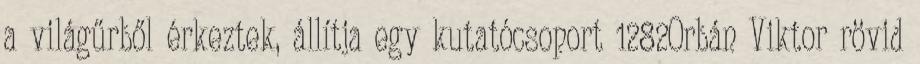
a világűrből érkeztek, állítja egy kutatócsoport 1282Orbán Viktor rövid